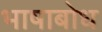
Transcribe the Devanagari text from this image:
भाषाबोध